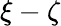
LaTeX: \xi-\zeta